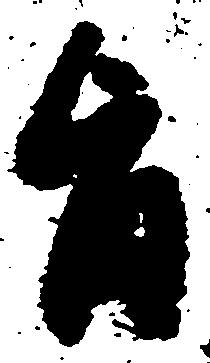
旨